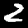
Label: 2